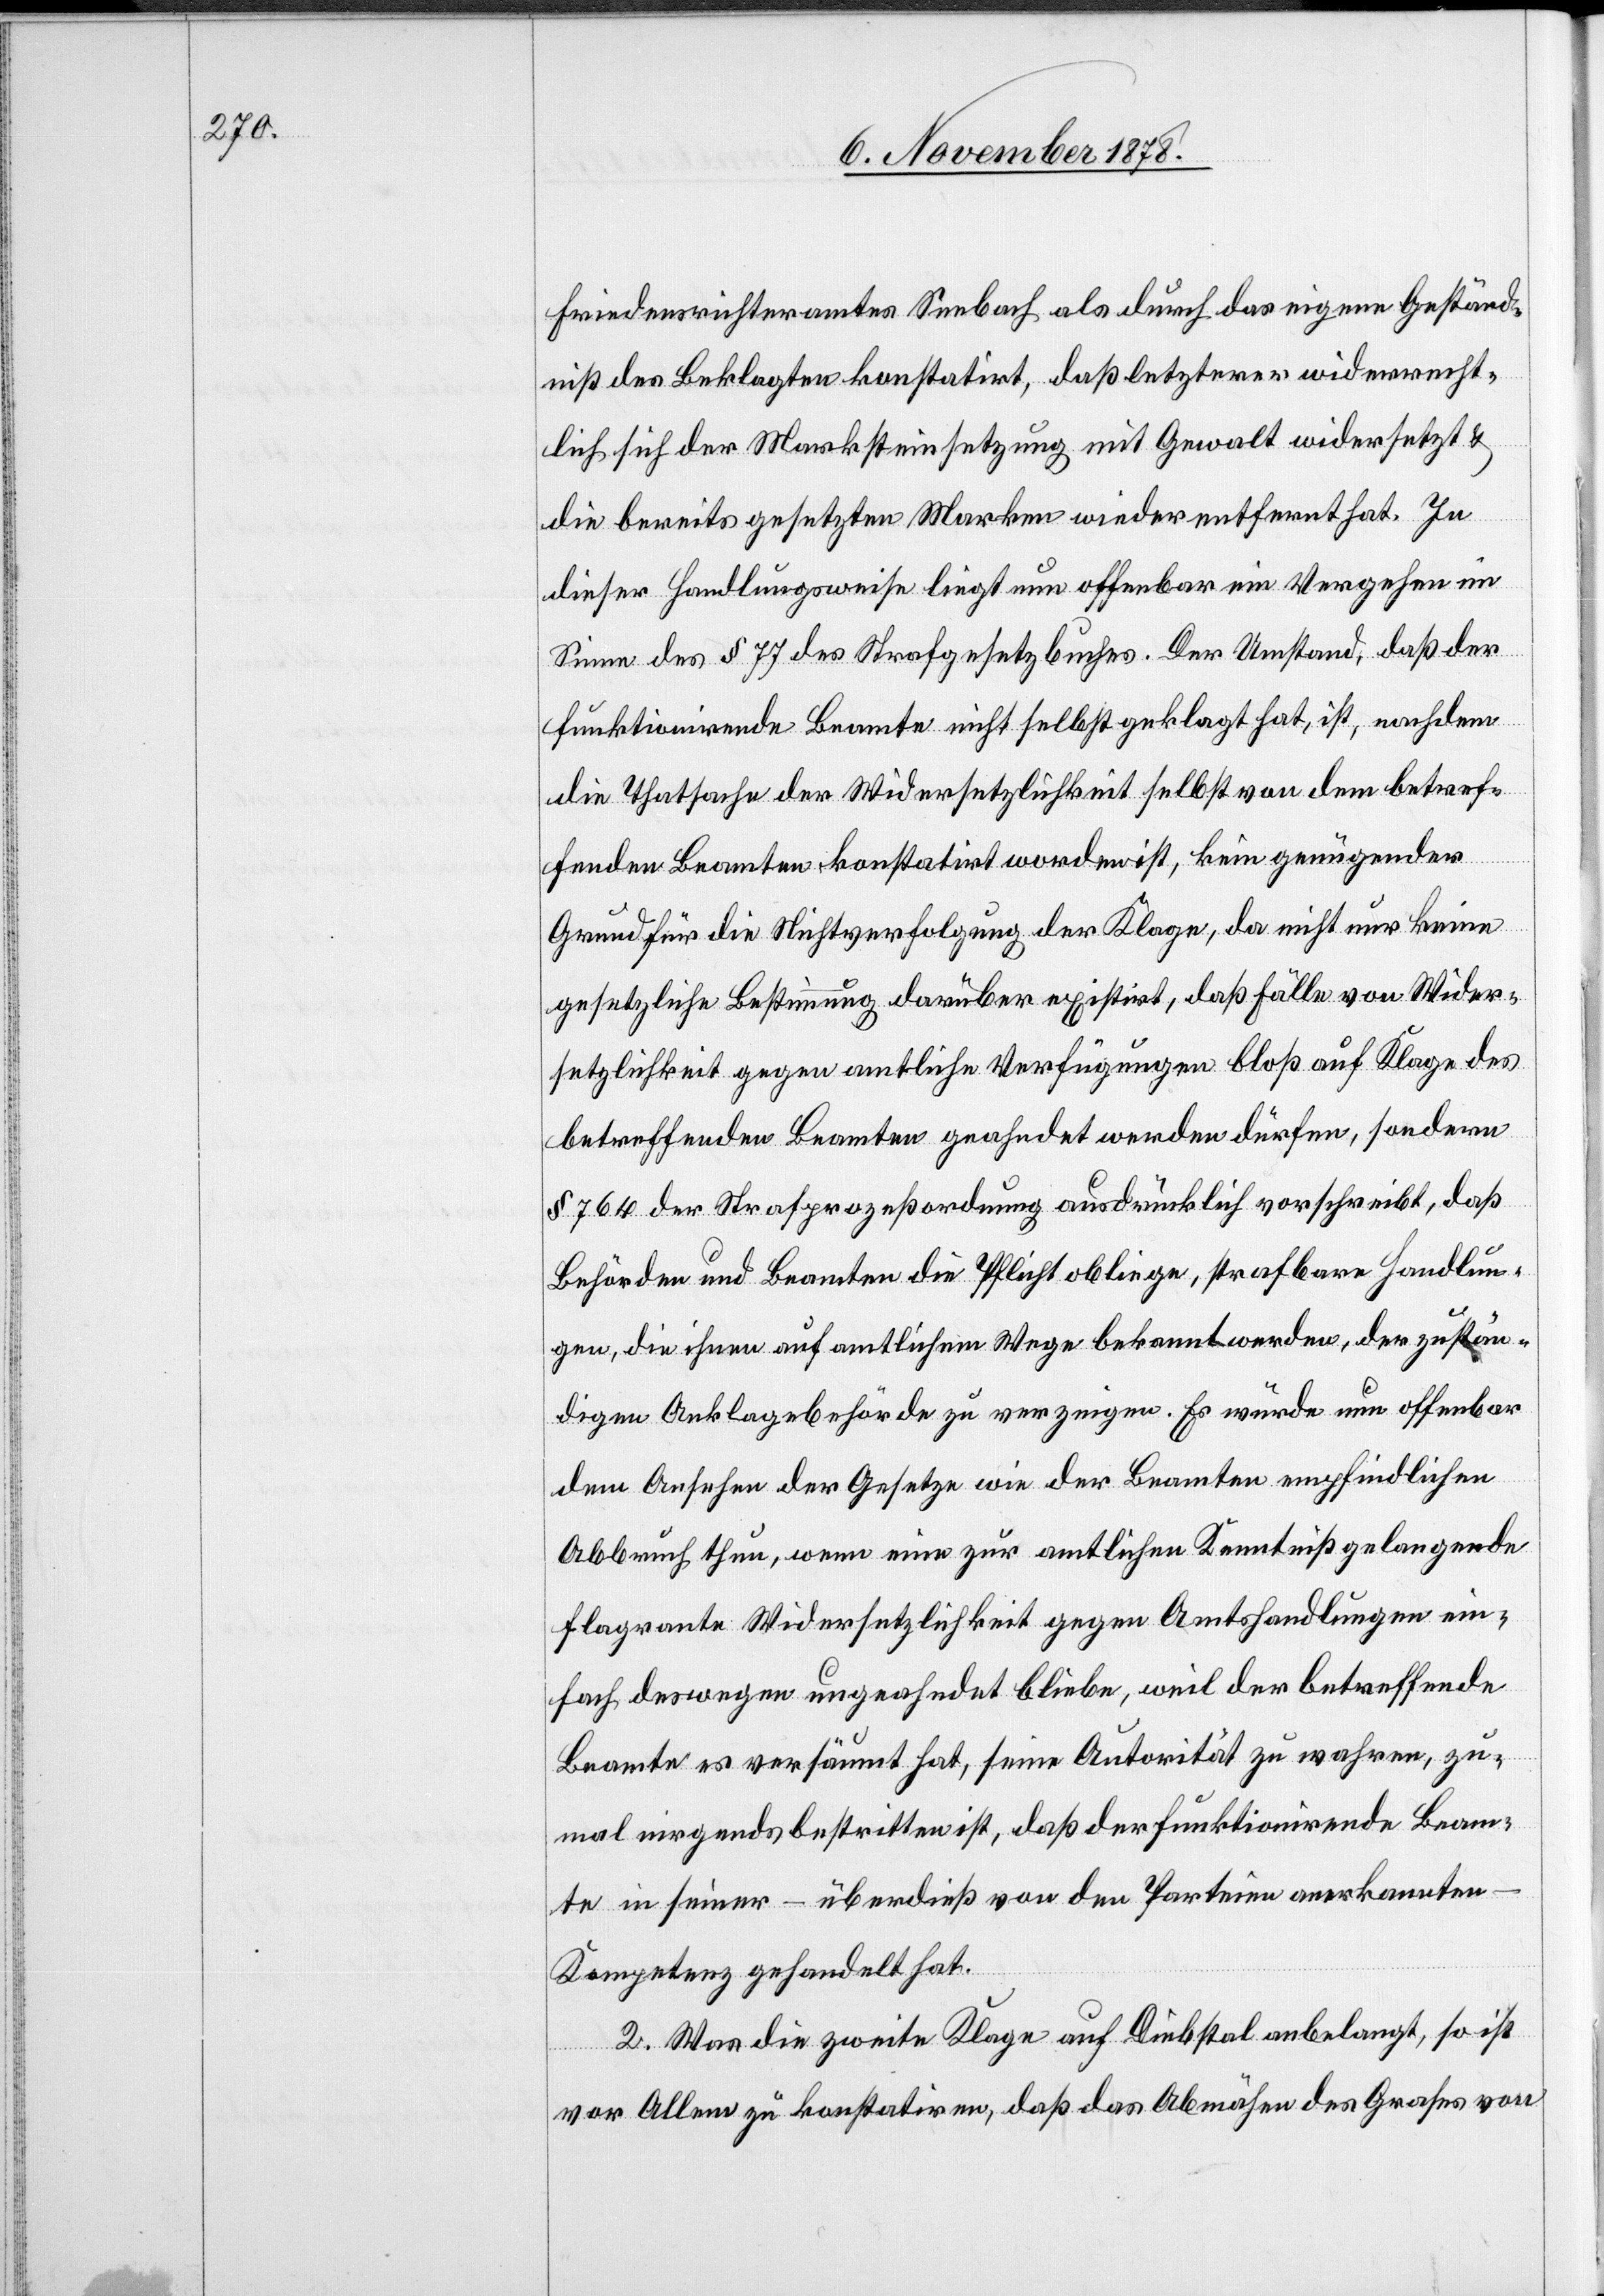
Friedensrichteramtes Seebach als durch das eigene Geständ¬
niß des Beklagten konstatirt, daß letzterer widerrecht¬
lich sich der Marksteinsetzung mit Gewalt widersetzt &
die bereits gesetzten Marken wieder entfernt hat. In
dieser Handlungsweise liegt nun offenbar ein Vergehen im
Sinne des § 77 des Strafgesetzbuches. Der Umstand, daß der
funktionirende Beamte nicht selbst geklagt hat, ist, nachdem
die Thatsache der Widersetzlichkeit selbst von dem betref¬
fenden Beamten konstatirt worden ist, kein genügender
Grund für die Nichtverfoglung der Klage, da nicht nur keine
gesetzliche Bestimmung darüber existirt, daß Fälle von Wider¬
setzlichkeit gegen amtliche Verfügungen bloß auf Klage des
betreffenden Beamten geahndet werden dürfen, sondern
§ 764 der Strafprozessordnung ausdrücklich vorschreibt, daß
Behörden und Beamten die Pflicht obliege, strafbare Handlun¬
gen, die ihnen auf amtlichem Wege bekannt werden, der zustän¬
digen Anklagebehörde zu verzeigen. Es würde nun offenbar
dem Ansehen der Gesetzte wie der Beamten empfindlichen
Abbruch thun, wenn eine zur amtlichen Kenntniß gelangende
flagrante Widersetzlichkeit gegen Amtshandlungen ein¬
fach deswegen ungeahndet bliebe, weil der betreffende
Beamte es versäumt hat, seine Autorität zu wahren, zu¬
mal nirgends bestritten ist, daß der funktionirende Beam¬
te in seiner – überdieß von der Parteien anerkannten
Kompetenz gehandelt hat.
2. Was die zweite Klage auf Diebstal anbelangt, so ist
vor Allem zu konstatiren, daß das Abmähen des Grases von